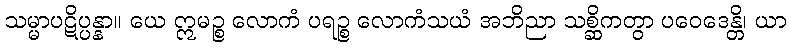
သမ္မာပဋိပ္ပန္နာ။ ယေ ဣမဉ္စ လောကံ ပရဉ္စ လောကံသယံ အဘိညာ သစ္ဆိကတွာ ပဝေဒေန္တိ၊ ယာ